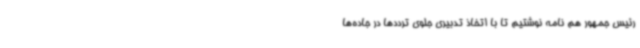
رئیس جمهور هم نامه نوشتیم تا با اتخاذ تدبیری جلوی ترددها در جاده‌ها